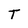
Character: T